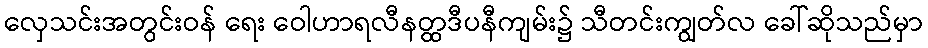
လှေသင်းအတွင်းဝန် ရေး ဝေါဟာရလီနတ္ထဒီပနီကျမ်း၌ သီတင်းကျွတ်လ ခေါ်ဆိုသည်မှာ